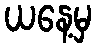
ယနေ့မှ